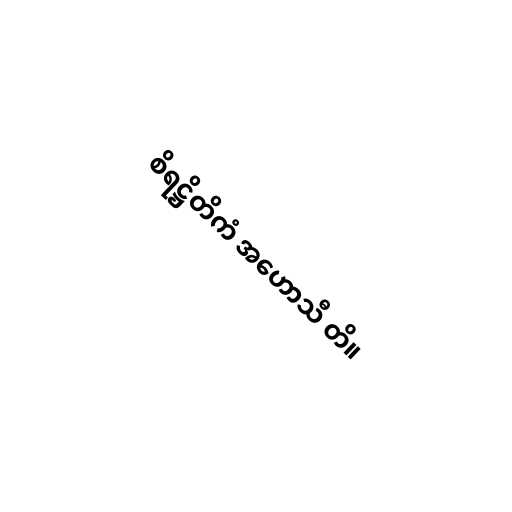
စိရဋ္ဌိတိကံ အဟောသီ တိ။